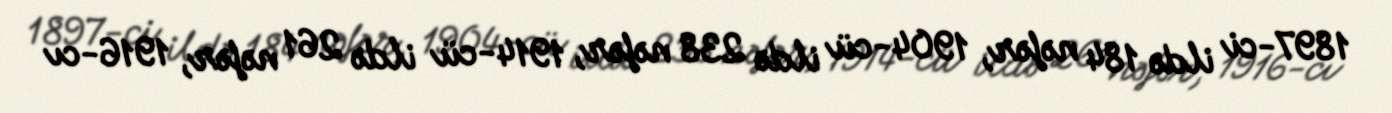
1897-ci ildə 184 nəfər, 1904-cü ildə 238 nəfər, 1914-cü ildə 261 nəfər, 1916-cı